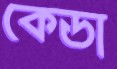
কেডা